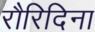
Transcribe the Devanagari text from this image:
रौरिदिना